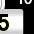
Digit: 5